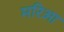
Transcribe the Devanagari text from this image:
मरिआ